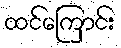
ထင်ကြောင်း